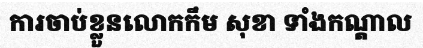
ការចាប់ខ្លួនលោកកឹម សុខា ទាំងកណ្តាល